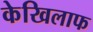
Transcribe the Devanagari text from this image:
केखिलाफ